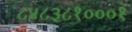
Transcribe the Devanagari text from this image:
८४८३८१०००१